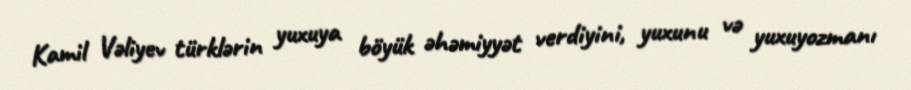
Kamil Vəliyev türklərin yuxuya böyük əhəmiyyət verdiyini, yuxunu və yuxuyozmanı